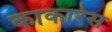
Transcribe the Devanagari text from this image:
काकारेस